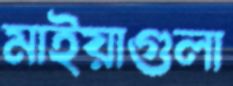
মাইয়াগুলা